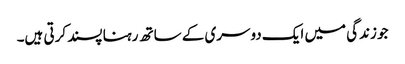
جو زندگی میں ایک دوسری کے ساتھ رہنا پسند کرتی ہیں۔